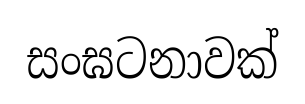
සංඝටනාවක්